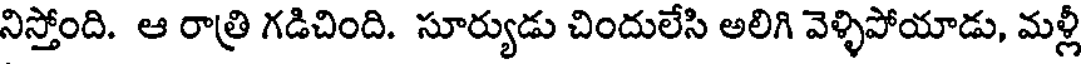
నిస్తోంది. ఆ రాత్రి గడిచింది. సూర్యుడు చిందులేసి అలిగి వెళ్ళిపోయాడు, మళ్లీ